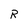
Character: R